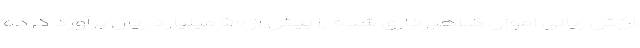
ارزش ریالی اموال کلاهبرداری شده را بیش از ۵۰ میلیارد ریال برآورد کرده